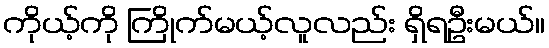
ကိုယ့်ကို ကြိုက်မယ့်လူလည်း ရှိရဦးမယ်။